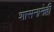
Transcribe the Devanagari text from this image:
शासनानेही